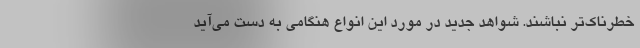
خطرناک‌تر نباشند. شواهد جدید در مورد این انواع هنگامی به دست می‌آید